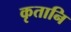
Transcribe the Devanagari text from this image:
कृतानि